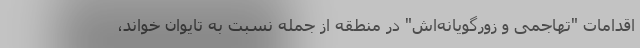
اقدامات "تهاجمی و زورگویانه‌اش" در منطقه از جمله نسبت به تایوان خواند،